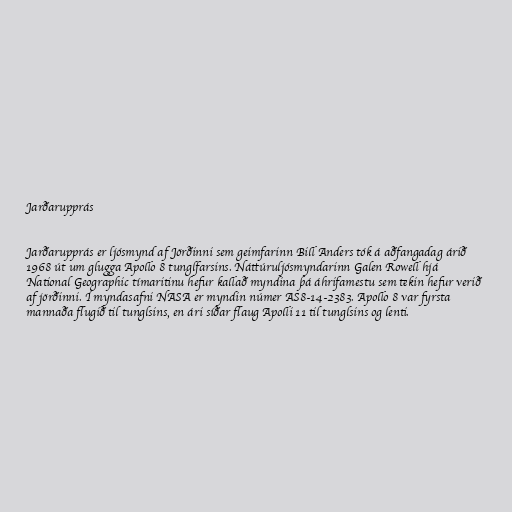
Jarðarupprás

Jarðarupprás er ljósmynd af Jörðinni sem geimfarinn Bill Anders tók á aðfangadag árið
1968 út um glugga Apollo 8 tunglfarsins. Náttúruljósmyndarinn Galen Rowell hjá
National Geographic tímaritinu hefur kallað myndina þá áhrifamestu sem tekin hefur verið
af jörðinni. Í myndasafni NASA er myndin númer AS8-14-2383. Apollo 8 var fyrsta
mannaða flugið til tunglsins, en ári síðar flaug Apolli 11 til tunglsins og lenti.